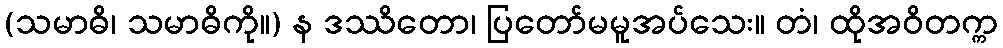
(သမာဓိ၊ သမာဓိကို။) န ဒဿိတော၊ ပြတော်မမူအပ်သေး။ တံ၊ ထိုအဝိတက္က